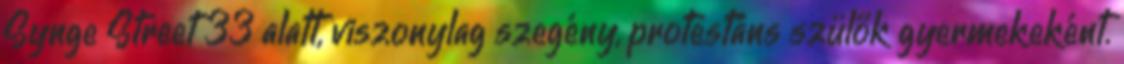
Synge Street 33 alatt, viszonylag szegény, protestáns szülők gyermekeként.